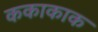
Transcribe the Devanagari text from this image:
ककाकाक